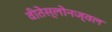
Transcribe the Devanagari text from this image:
वीतेस्लोनज्वल